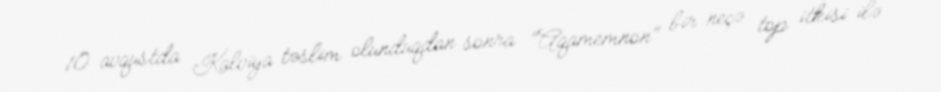
10 avqustda Kalviya təslim olunduqdan sonra "Aqamemnon" bir neçə top itkisi ilə